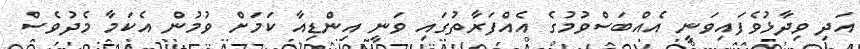
އަދި ވިދާޅުވެފައިވަނީ އެއްބަސްވުމުގެ އެއްފަރާތުގައި ވަނީ އިންޑިއާ ކަމަށް ވުމުން އެކަމާ މެދުވެސް